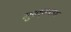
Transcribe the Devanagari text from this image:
मुख्‌यालय